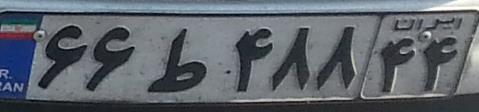
۶۶ط۴۸۸۴۴